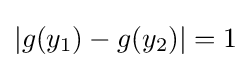
|g(y_{1})-g(y_{2})|=1